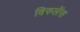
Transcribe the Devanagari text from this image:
विरुलेंस